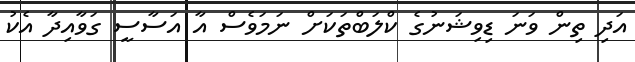
އަދި ތިން ވަނަ ޑިވިޝަނުގެ ކްލަބްތަކަށް ނަމަވެސް އާ އަސާސީ ގަވާއިދާ އެކު